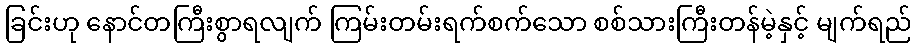
ခြင်းဟု နောင်တကြီးစွာရလျက် ကြမ်းတမ်းရက်စက်သော စစ်သားကြီးတန်မဲ့နှင့် မျက်ရည်